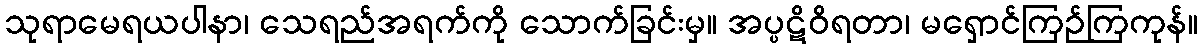
သုရာမေရယပါနာ၊ သေရည်အရက်ကို သောက်ခြင်းမှ။ အပ္ပဋိဝိရတာ၊ မရှောင်ကြဉ်ကြကုန်။